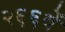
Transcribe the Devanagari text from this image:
२६६वें